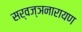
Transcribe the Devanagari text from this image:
सर्वज्ञनारायण